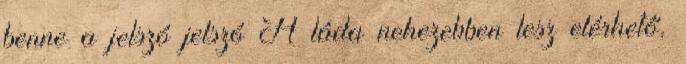
benne a jelszó jelszó A láda nehezebben lesz elérhető,